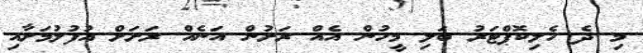
މި ދެ ހެލިކޮޕްޓަރު ބަލި މީހުން އެއް ރަށުން އަނެއް ރަށަށް އުފުލުމަށާއި